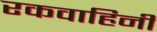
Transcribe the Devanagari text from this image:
रकवाहिनी